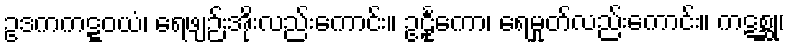
ဥဒကကဋ္ဋဝယံ၊ ရေဖျဉ်းအိုးလည်းကောင်း။ ဥဠုင်္ကော၊ ရေမှုတ်လည်းကောင်း။ ကဋစ္ဆု၊